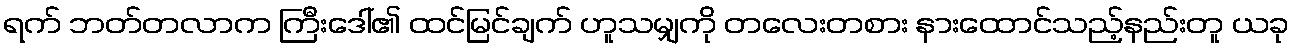
ရက် ဘတ်တလာက ကြီးဒေါ်၏ ထင်မြင်ချက် ဟူသမျှကို တလေးတစား နားထောင်သည့်နည်းတူ ယခု